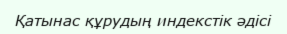
Қатынас құрудың индекстік әдісі